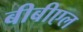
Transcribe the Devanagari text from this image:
बीबीएल